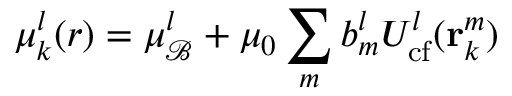
\mu _ { k } ^ { l } ( r ) = \mu _ { \mathcal { B } } ^ { l } + \mu _ { 0 } \sum _ { m } b _ { m } ^ { l } U _ { \mathrm { c f } } ^ { l } ( \mathbf { r } _ { k } ^ { m } )